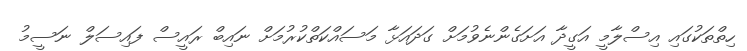
ހިތްތަކުގައި އިސްލާމީ އަގީދާ އަށަގެންނެވުމަށް ގަދައަޅާ މަސައްކަތްކުރުމަށް ނައިބް ރައީސް ފައިސަލް ނަސީމު